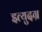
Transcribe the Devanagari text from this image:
इत्युदग्र